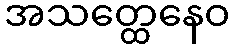
အသတ္ထေနေဝ